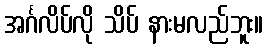
အင်္ဂလိပ်လို သိပ် နားမလည်ဘူး။